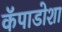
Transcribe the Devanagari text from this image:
कॅपाडोशा